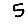
Digit: 5